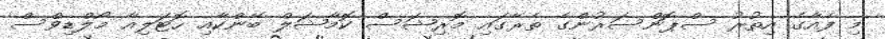
މި ފެއާގެ އިތުރު ސްޕޮންސަރުންގެ ތެރޭގައި މޮރިޝަސް ކޮމާޝަލް ބޭންކާއި ހޮޓަލިއާ މޯލްޑިވްސް